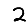
Digit: 2